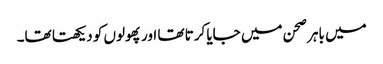
میں باہر صحن میں جایا کرتا تھا اور پھولوں کو دیکھتا تھا۔